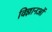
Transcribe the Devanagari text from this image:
विज्ञानओं